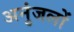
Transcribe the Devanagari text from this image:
अनुंजलों